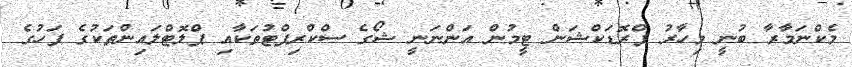
މެކްނަމާރާ ބުނީ މިހާރު ޕްރޮޑަކްޝަން ޓީމުން އަންނަނީ ޝޯގެ ސްކްރިޕްޓުތަކާއި ޕްލޮޓްލައިންތަކުގެ ފަހުގެ